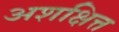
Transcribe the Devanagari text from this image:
अशक्षित्त